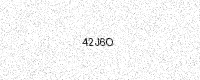
Text: 42J6O